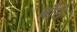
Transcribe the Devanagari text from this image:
बौठे